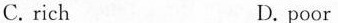
C. rich D. poor